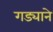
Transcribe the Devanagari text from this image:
गड्याने